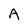
Character: A